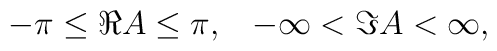
-\pi\leq\Re A\leq\pi, \;\;\; -\infty < \Im A < \infty,